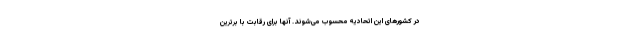
در کشورهای این اتحادیه محسوب می‌شوند.‌ آنها برای رقابت با برترین